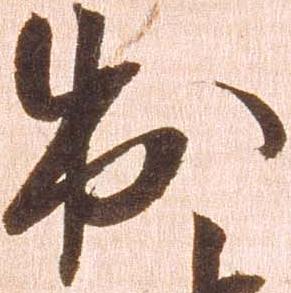
出